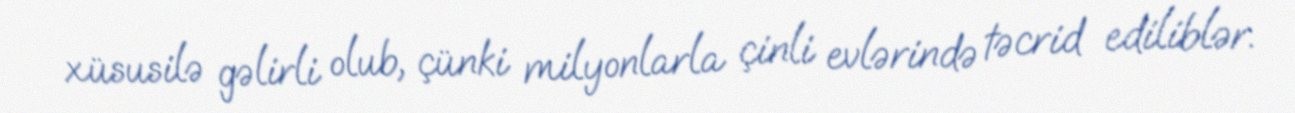
xüsusilə gəlirli olub, çünki milyonlarla çinli evlərində təcrid ediliblər.